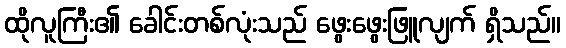
ထိုလူကြီး၏ ခေါင်းတစ်လုံးသည် ဖွေးဖွေးဖြူလျက် ရှိသည်။